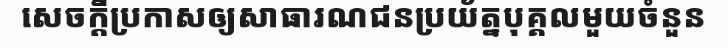
សេចក្តីប្រកាសឲ្យសាធារណជនប្រយ័ត្នបុគ្គលមួយចំនួន